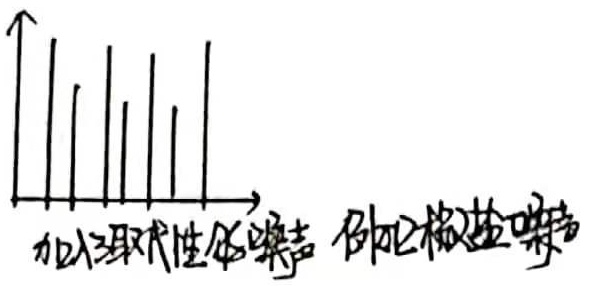
加入取代性的噪声，例如椒盐噪声。